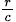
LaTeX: \scriptstyle{\frac{r}{c}}